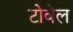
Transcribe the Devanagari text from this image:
टोवेल